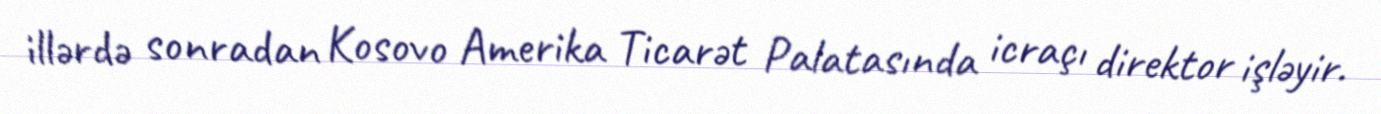
illərdə sonradan Kosovo Amerika Ticarət Palatasında icraçı direktor işləyir.